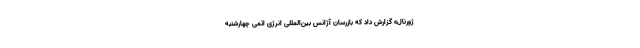
ژورنال» گزارش داد که بازرسان آژانس بین‌المللی انرژی اتمی چهارشنبه